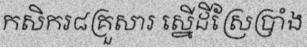
កសិករ៨គ្រួសារ ស្នើដីស្រែប្រាំង